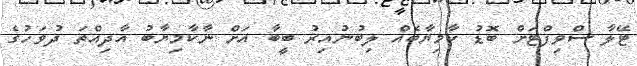
ޓޭލާ ސްވިފްޓަށް ބޮޑު ކާމިޔާބެއް ލިބުނުއިރު ބީބާ އަށް ނާކާމިޔާބު އާދިއްތަ ދުވަހުގެ